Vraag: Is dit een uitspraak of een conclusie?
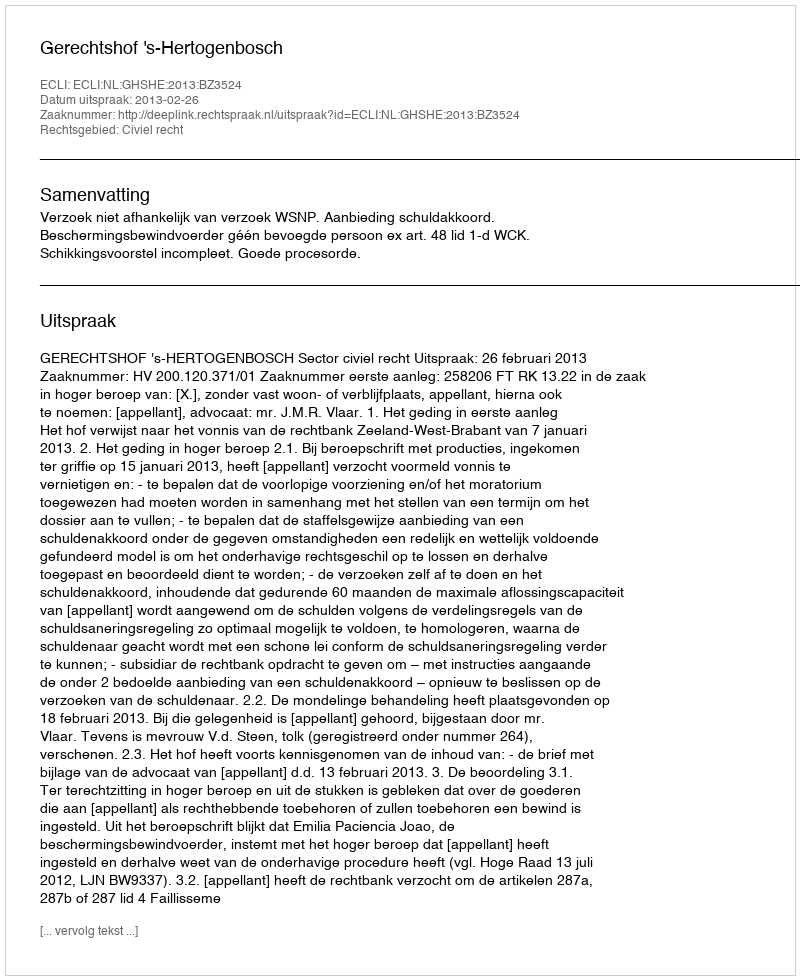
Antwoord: Uitspraak